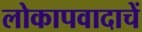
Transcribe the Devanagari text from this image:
लोकापवादाचें